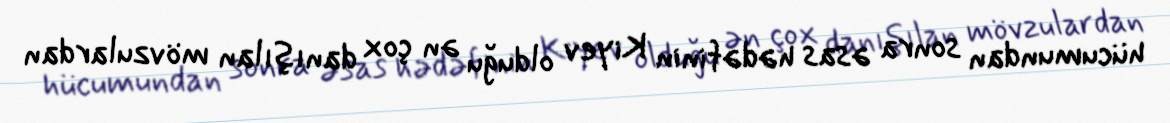
hücumundan sonra əsas hədəfinin Kiyev olduğu ən çox danışılan mövzulardan